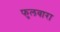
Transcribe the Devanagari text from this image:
फुलवारा